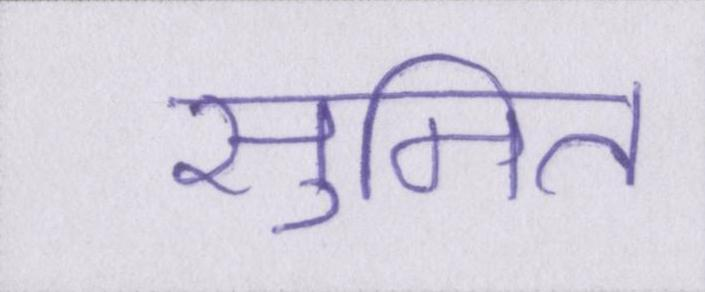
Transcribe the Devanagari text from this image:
सुमित